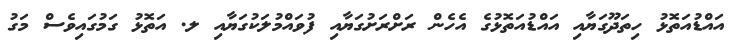
އައްޑުއަތޮޅު ހިތަދޫގަޔާއި އައްޑުއަތޮޅުގެ އެހެން ރަށްރަށުގަޔާއި ފުވައްމުލަކުގަޔާއި ލ. އަތޮޅު ގަމުގައިވެސް މަގު